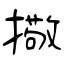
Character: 擏